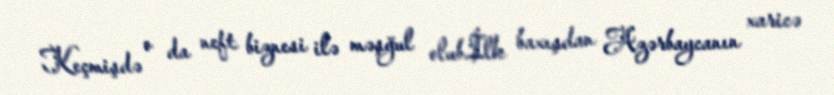
Keçmişdə o da neft biznesi ilə məşğul olub.İlk baxışdan Azərbaycanın xaricə